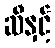
ဆီနှင့်